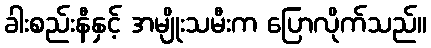
ခါးစည်းနီနှင့် အမျိုးသမီးက ပြောလိုက်သည်။